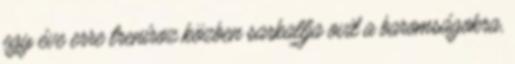
egy éve erre treníroz közben sarkallja ovit a baromságokra,